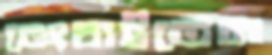
ভেংচাইতেন